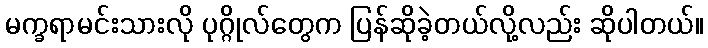
မက္ခရာမင်းသားလို ပုဂ္ဂိုလ်တွေက ပြန်ဆိုခဲ့တယ်လို့လည်း ဆိုပါတယ်။